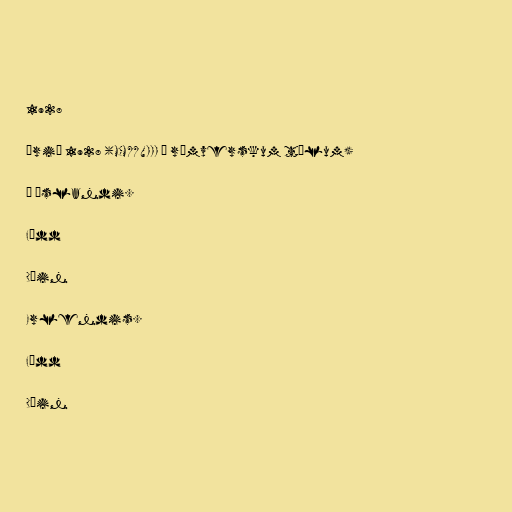
1928

Árið 1928 (MCMXXVIII í rómverskum tölum)

Á Íslandi.

Fædd

Dáin

Erlendis.

Fædd

Dáin